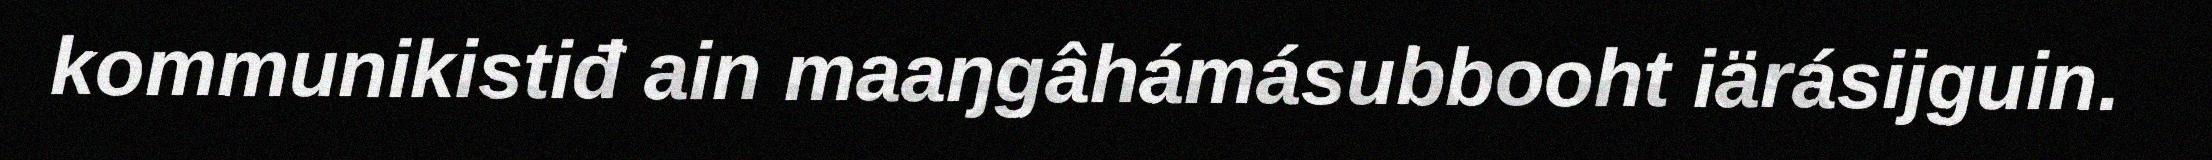
kommunikistiđ ain maaŋgâhámásubbooht iärásijguin.